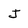
Character: j